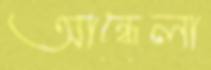
আন্ধেলা